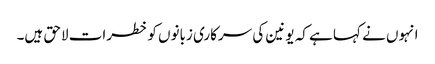
انہوں نے کہا ہے کہ یونین کی سرکاری زبانوں کو خطرات لاحق ہیں۔